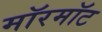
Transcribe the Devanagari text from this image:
मॉरमॉट